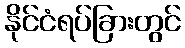
နိုင်ငံရပ်ခြားတွင်